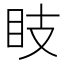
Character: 𥄏